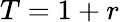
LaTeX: T=1+r